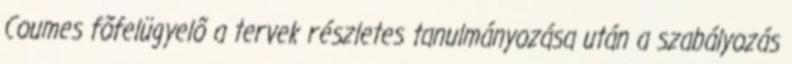
Coumes fõfelügyelõ a tervek részletes tanulmányozása után a szabályozás